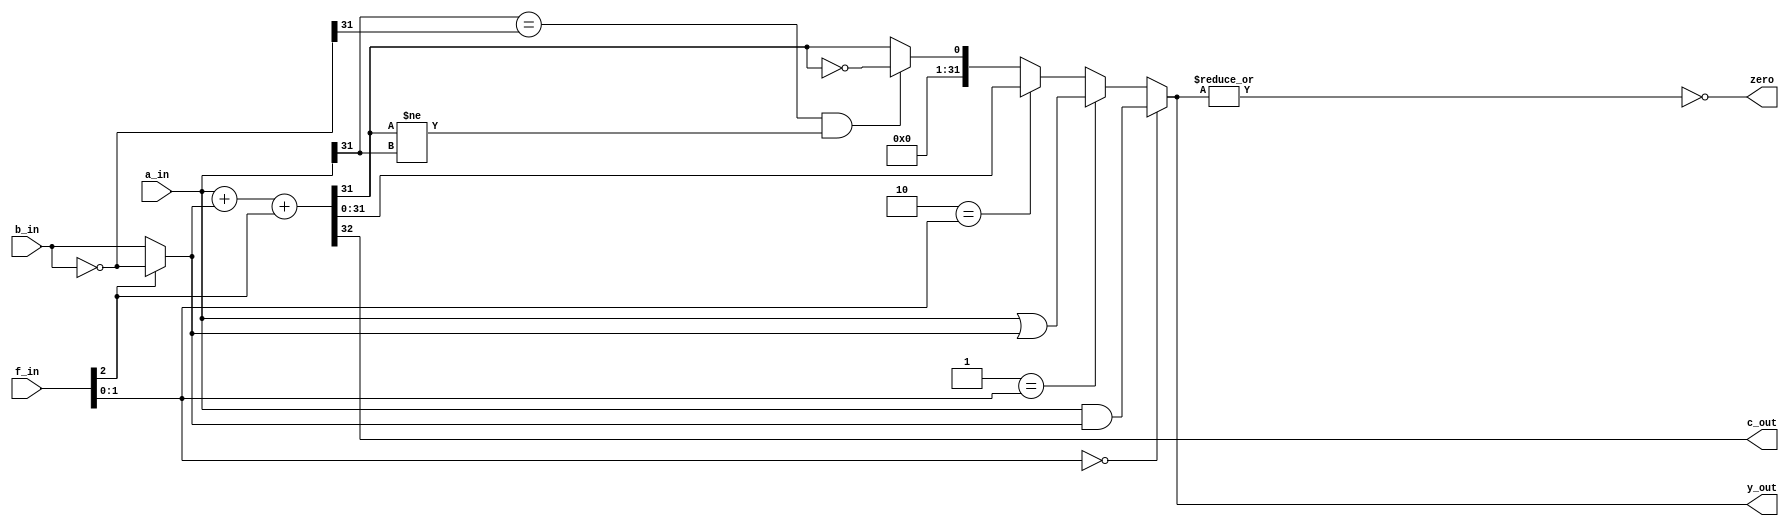
module alu (
    input  [31:0] a_in, b_in,
    input  [ 2:0] f_in ,
    output        zero,
    output        c_out,
    output [31:0] y_out
);

    wire [31:0] not_b_in;
    assign not_b_in = ~ b_in;

    wire [31:0] b_mux_not_b;
    assign b_mux_not_b = (1'b0 == f_in[2]) ? b_in : not_b_in;

    wire [31:0] fx00;
    assign fx00 = a_in & b_mux_not_b;

    wire [31:0] fx01;
    assign fx01 = a_in | b_mux_not_b;

    wire [31:0] fx10;
    assign {c_out, fx10} = a_in + b_mux_not_b + f_in[2];

    wire [31:0] fx11;
    assign fx11 = {{31{1'b0}}, ((a_in[31] == not_b_in[31]) && (fx10[31] != a_in[31])) ? ~(fx10[31]) : fx10[31]};

    assign zero = ~| y_out;

    assign y_out = 2'b00 == f_in[1:0] ? fx00 : (2'b01 == f_in[1:0] ? fx01 : (2'b10 == f_in[1:0] ? fx10 : fx11 ));
    always @(a_in or b_in or f_in)
    begin
        $display("Change in alu input: a_in:%d, b_in: %d, f_in:%d", a_in, b_in, f_in);
        #1 $display("Change in Result of alu: zero:%d, c_out:%d, y_out:%d", zero, c_out, y_out);
    end

endmodule